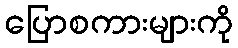
ပြောစကားများကို